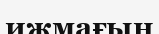
ижмағын